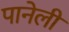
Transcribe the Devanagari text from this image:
पानेली